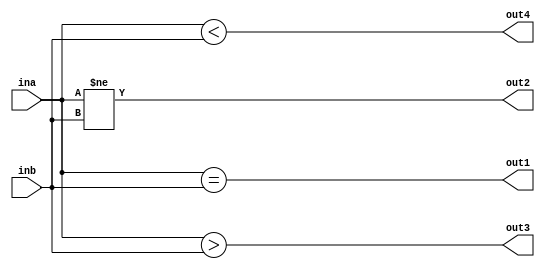
`timescale 1ns / 1ps

module onebit(
    input ina, inb,
    output out1, out2, out3, out4
);

assign out1 = (ina == inb);
assign out2 = (ina != inb);
assign out3 = (ina > inb);
assign out4 = (ina < inb);

endmodule